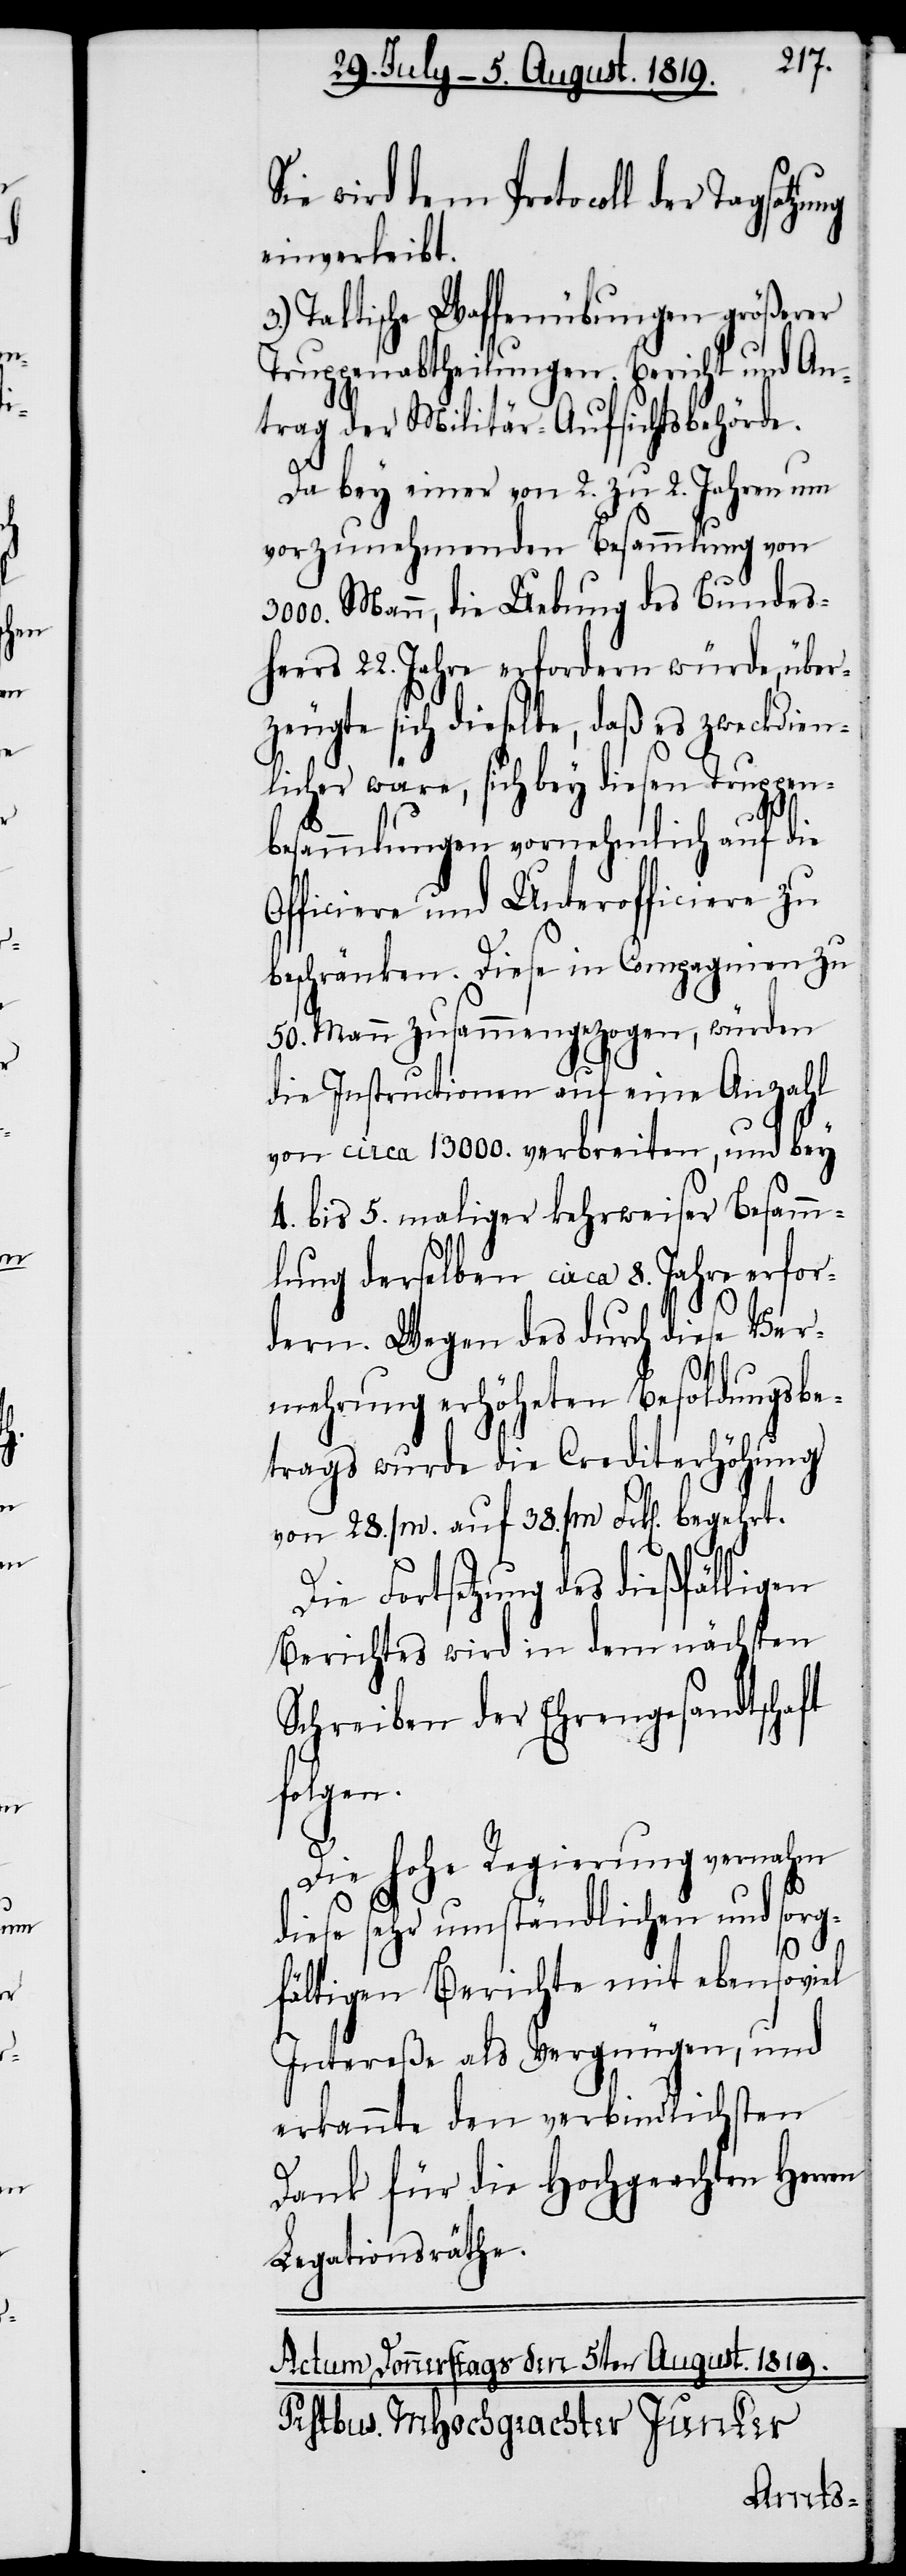
Sie wird dem Protocoll der
einverleibt.
3.) Taktische Waffenübungen größerer
Truppenabtheilungen. Bericht und An¬
trag der Militär-Aufsichtsbehörde.
Da bey einer von 2. zu 2. Jahren um
vorzunehmenden Besammlung von
3000. Mann, die Uebung des Bundes¬
heers 22. Jahre erfordern würde, über¬
zeugte sich dieselbe, daß es zweckdien¬
licher wäre, sich bey diesen Truppen¬
besammlungen vornehmlich auf die
Officiere und Unterofficiere zu
beschränken. Diese in Compagnien zu
50. Mann zusammengezogen, würden
die Instructionen auf eine Anzahl
von circa 13000. verbreiten, und bey
4. bis 5. maliger kehrweiser Besamm¬
lung derselben circa 8. Jahre erfor¬
dern. Wegen des durch diese Ver¬
mehrung erhöheten Besoldungsbe¬
trags wurde die Crediterhöhung
von 28./m. auf 38./m. Frk[en]. begehrt.
Die Fortsetzung des dießfälligen
Berichtes wird in dem nächsten
Schreiben der Ehrengesandtschaft
folgen.
Die hohe Regierung vernahm
diese sehr umständlichen und sorg¬
en
fältigen Berichte mit ebensoviel
Intereße als Vergnügen, und
erkannte den verbindlichsten
Dank für die Hochgeachten Herr¬
Legationsräthe.